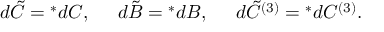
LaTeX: d \tilde { C } = { } ^ { * } d C , \; \; \; \; \; d \tilde { B } = { } ^ { * } d B , \; \; \; \; \; d \tilde { C } ^ { ( 3 ) } = { } ^ { * } d C ^ { ( 3 ) } .